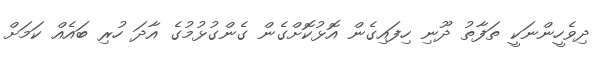
ދިވެހީންނަކީ ތަފާތު ދޫނި ހިފައިގެން އޮޅުކޮށްގެން ގެންގުޅުމުގެ އާދަ ހުރި ބައެއް ކަމަށް